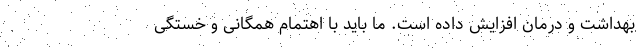
بهداشت و درمان افزایش داده است. ما باید با اهتمام همگانی و خستگی